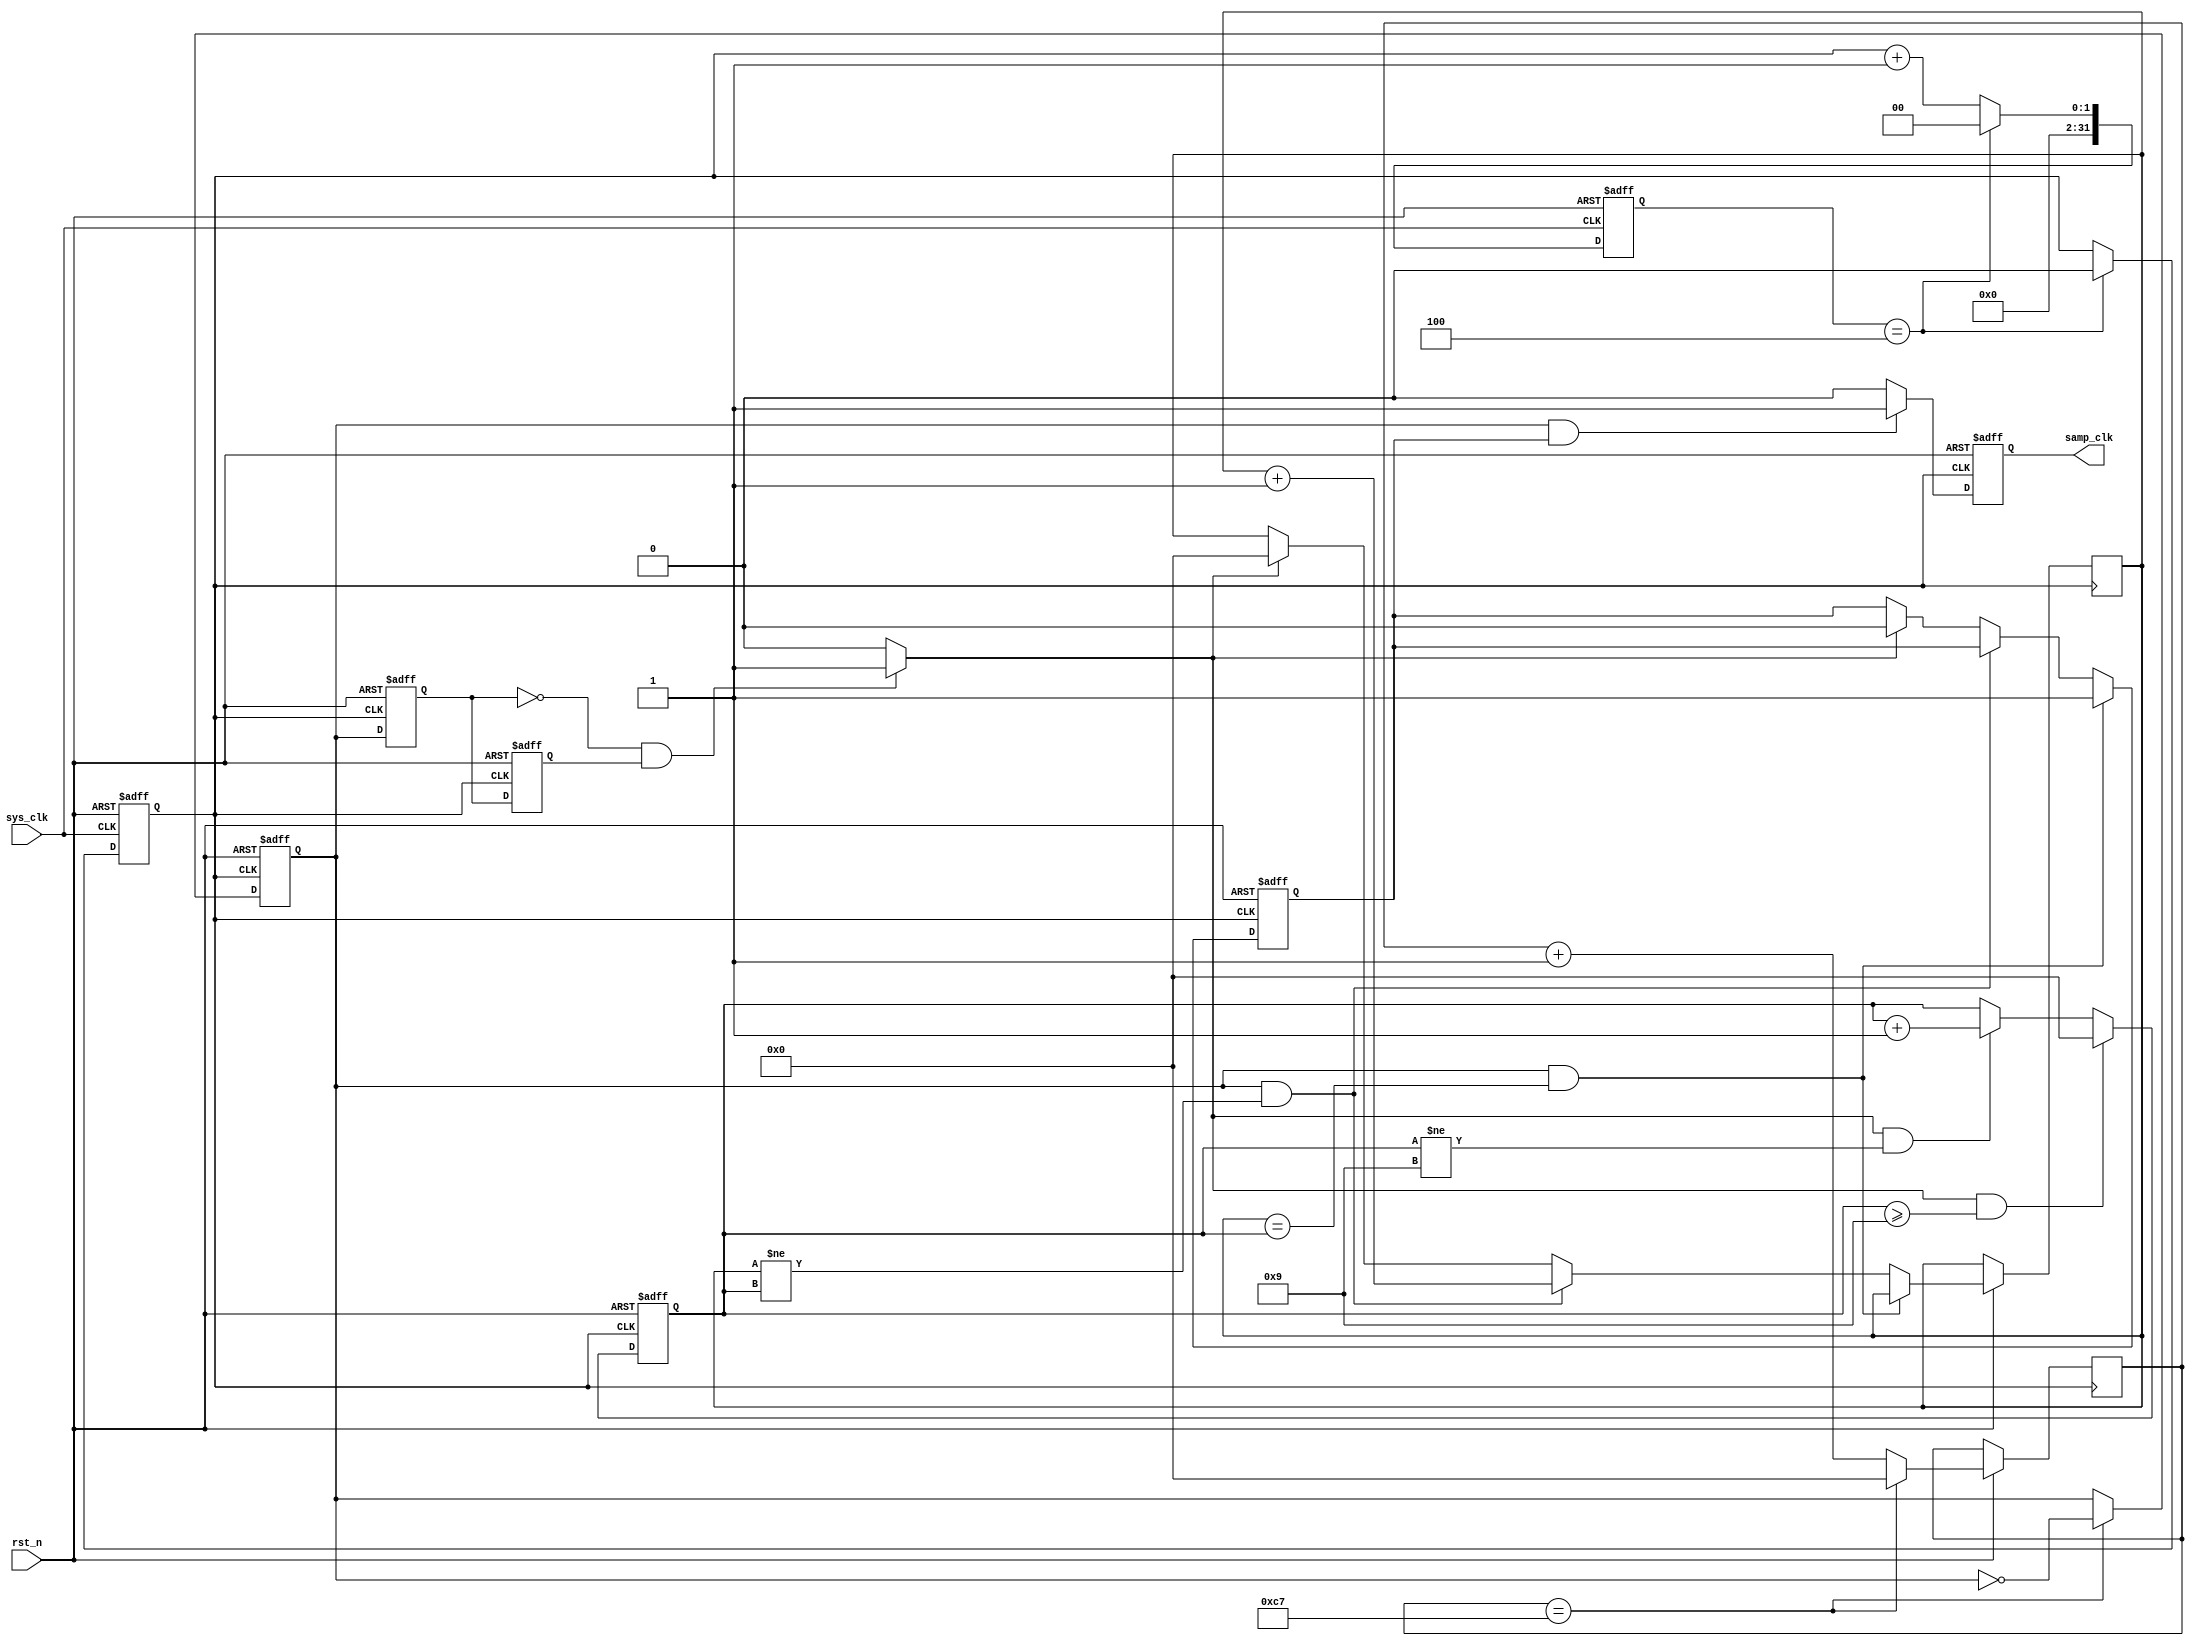
`timescale 1ns / 1ps
//////////////////////////////////////////////////////////////////////////////////
// Company: 
// Engineer: 
// 
// Design Name: 
// Module Name: ANALOG_sampl_400M
// Project Name: 
// Target Devices: 
// Tool Versions: 
// Description: 
// 
// Dependencies: 
// 
// Revision:
// Revision 0.01 - File Created
// Additional Comments:
// 
//////////////////////////////////////////////////////////////////////////////////


module ANALOG_sampl_1 (
    input wire sys_clk,
    input wire rst_n,
    output reg samp_clk
    );
    
    parameter max_delay_target = 9;
    
    reg clk_10M;
    reg [31:0] clk_10M_cnt;
    reg [31:0] clk_1M_cnt;
    
    reg clk_1M;
    reg clk_1M_pos_detect_r0;
    reg clk_1M_pos_detect_r1;
    wire clk_1M_pos_detect;
    wire clk_1M_neg_detect;
    
    reg delay_done;
    reg [31:0] delay_cnt;
    reg [31:0] delay_target;
    
    initial begin
        clk_1M_cnt <= 32'd0;
        clk_1M <= 1'b0;
        clk_1M_pos_detect_r0 <= 1'b0;
        clk_1M_pos_detect_r1 <= 1'b0;
        samp_clk <= 1'b0;
        delay_done <= 1'b0;
        delay_cnt <= 32'd0;
        delay_target <= 32'd0;
    end
    
    // -- 10MHz clock generator
    always @ (posedge sys_clk or negedge rst_n) begin
        if (!rst_n) begin
            clk_10M <= 1'b0;
            clk_10M_cnt <= 32'd0;
        end
        else if (clk_10M_cnt == 4) begin
            clk_10M_cnt <= 32'd0;
            clk_10M <= 1'b0;
        end
        else clk_10M_cnt <= clk_10M + 1;
    end
    
    // -- 1MHz clock generator
    always @ (posedge clk_10M or negedge rst_n) begin
        if (!rst_n) begin
            clk_1M <= 1'b0;
        end
        else if (clk_1M_cnt == 199) begin
            clk_1M <= ~ clk_1M;
            clk_1M_cnt <= 32'd0;
        end
        else clk_1M_cnt <= clk_1M_cnt + 1;
    end
    
    // -- samp_clk generator
    always @ (posedge clk_10M or negedge rst_n) begin
        if (!rst_n) begin
            samp_clk <= 1'b0;
        end
        else if (clk_1M && delay_done) begin
            samp_clk <= 1'b1;
        end
        else samp_clk <= 1'b0;
    end
    
    // -- detect the posedge& negedge of clk_1M
    assign clk_1M_pos_detect = (clk_1M_pos_detect_r0 &&
                                !clk_1M_pos_detect_r1) ? 1'b1: 1'b0;
    assign clk_1M_neg_detect = (!clk_1M_pos_detect_r0 &&
                                 clk_1M_pos_detect_r1) ? 1'b1: 1'b0;
    always @ (posedge clk_10M or negedge rst_n) begin
        if (!rst_n) begin
            clk_1M_pos_detect_r0 <= 1'b0;
            clk_1M_pos_detect_r1 <= 1'b0;
        end
        else begin
            clk_1M_pos_detect_r0 <= clk_1M;
            clk_1M_pos_detect_r1 <= clk_1M_pos_detect_r0;
        end
    end
    
    // -- set delay_done flag
    always @ (posedge clk_10M or negedge rst_n) begin
        if (!rst_n) begin
            delay_done <= 1'b0;
        end
        else if (clk_1M && delay_cnt == delay_target) begin
            delay_done <= 1'b1;
            delay_cnt <= delay_cnt;
        end
        else if (clk_1M && delay_cnt != delay_target) begin
            delay_done <= delay_done;
            delay_cnt <= delay_cnt + 1;
        end
        else if (clk_1M_neg_detect) begin
            delay_done <= 1'b0;
            delay_cnt <= 32'd0;
        end
        else begin
            delay_done <= delay_done;
            delay_cnt <= delay_cnt;
        end
    end
    
    // -- delay_target counter
    always @ (posedge clk_10M or negedge rst_n) begin
        if (!rst_n) begin
            delay_target <= 32'd0;
        end
        else if (clk_1M_neg_detect && delay_target >= max_delay_target) begin
            delay_target <= 32'd0;
        end
        else if (clk_1M_neg_detect && delay_target != max_delay_target) begin
            delay_target <= delay_target + 1;
        end
        else delay_target <= delay_target;
    end

endmodule